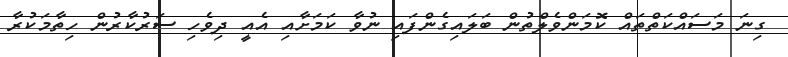
ގިނަ މަސައްކަތްތައް ކޮމަންވެލްތުން ބަލައިގެންފައި ނުވާ ކަމަށާއި އެއީ ދިވެހި ސަރުކާރުން ހިތާމަކުރާ